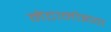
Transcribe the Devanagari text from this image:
मेटानोइया